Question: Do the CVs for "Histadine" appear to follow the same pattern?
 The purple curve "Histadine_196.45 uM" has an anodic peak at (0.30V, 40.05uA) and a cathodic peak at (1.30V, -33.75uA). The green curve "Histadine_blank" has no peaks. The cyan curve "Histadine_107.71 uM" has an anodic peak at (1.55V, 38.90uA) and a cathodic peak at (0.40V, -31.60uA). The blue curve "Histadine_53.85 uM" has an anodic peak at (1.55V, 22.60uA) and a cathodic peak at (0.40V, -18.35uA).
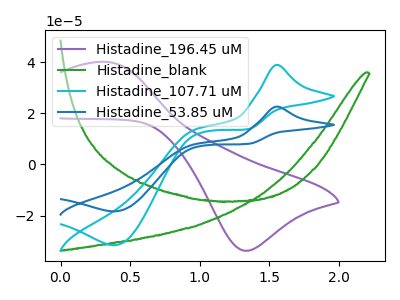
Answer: <think>"Histadine_196.45 uM" and "Histadine_blank" have a different number of peaks. "Histadine_196.45 uM" and "Histadine_107.71 uM" have at least one peak that do not match. "Histadine_196.45 uM" and "Histadine_53.85 uM" have at least one peak that do not match. "Histadine_blank" and "Histadine_107.71 uM" have a different number of peaks. "Histadine_blank" and "Histadine_53.85 uM" have a different number of peaks. All the peaks in "Histadine_107.71 uM" have a peak in "Histadine_53.85 uM" at the same potential. Every peak in "Histadine_107.71 uM" is higher than every peak in "Histadine_53.85 uM".
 </think>
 <answer>All the CV's of "Histadine" have similar shape.</answer>
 <eval>follow_rule</eval>